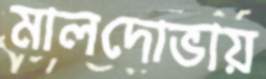
মালদোভায়